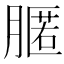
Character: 𦟻